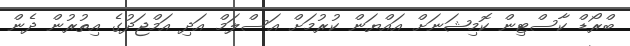
ބްރޯޑް ކާސްޓިން ކޮމިޝަނަށް އައްޔަން ކުރުމަށް އަސްލަމް އަދި އަމްޖަދުގެ އިތުރުން ދެން